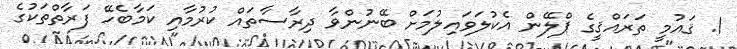
1. ޤައުމީ ތަރައްޤީގެ ޕްލޭން އެކުލަވައިލުމަށް ބޭނުންވާ ދިރާސާތައް ކުރުމާއި ކަމާބެހޭ ފަރާތްތަކުގެ